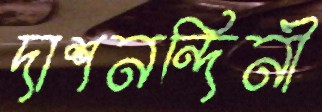
দাশনন্দিনী